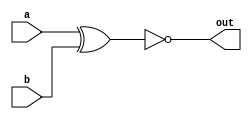
module top_module( 
    input a, 
    input b, 
    output out );

    assign out = ~(a^b);
    
endmodule